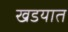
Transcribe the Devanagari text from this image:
खडयात